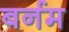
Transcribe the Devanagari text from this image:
बर्नम